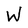
Character: W